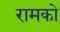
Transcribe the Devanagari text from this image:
रामको